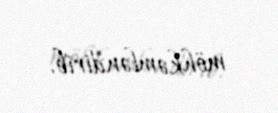
möhkəmləndirib.